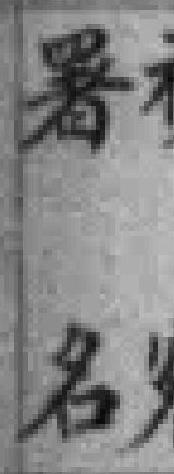
署名